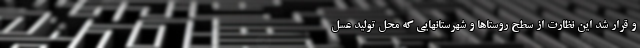
و قرار شد این نظارت از سطح روستاها و شهرستانهایی که محل تولید عسل